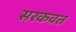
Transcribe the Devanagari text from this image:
सरकवत